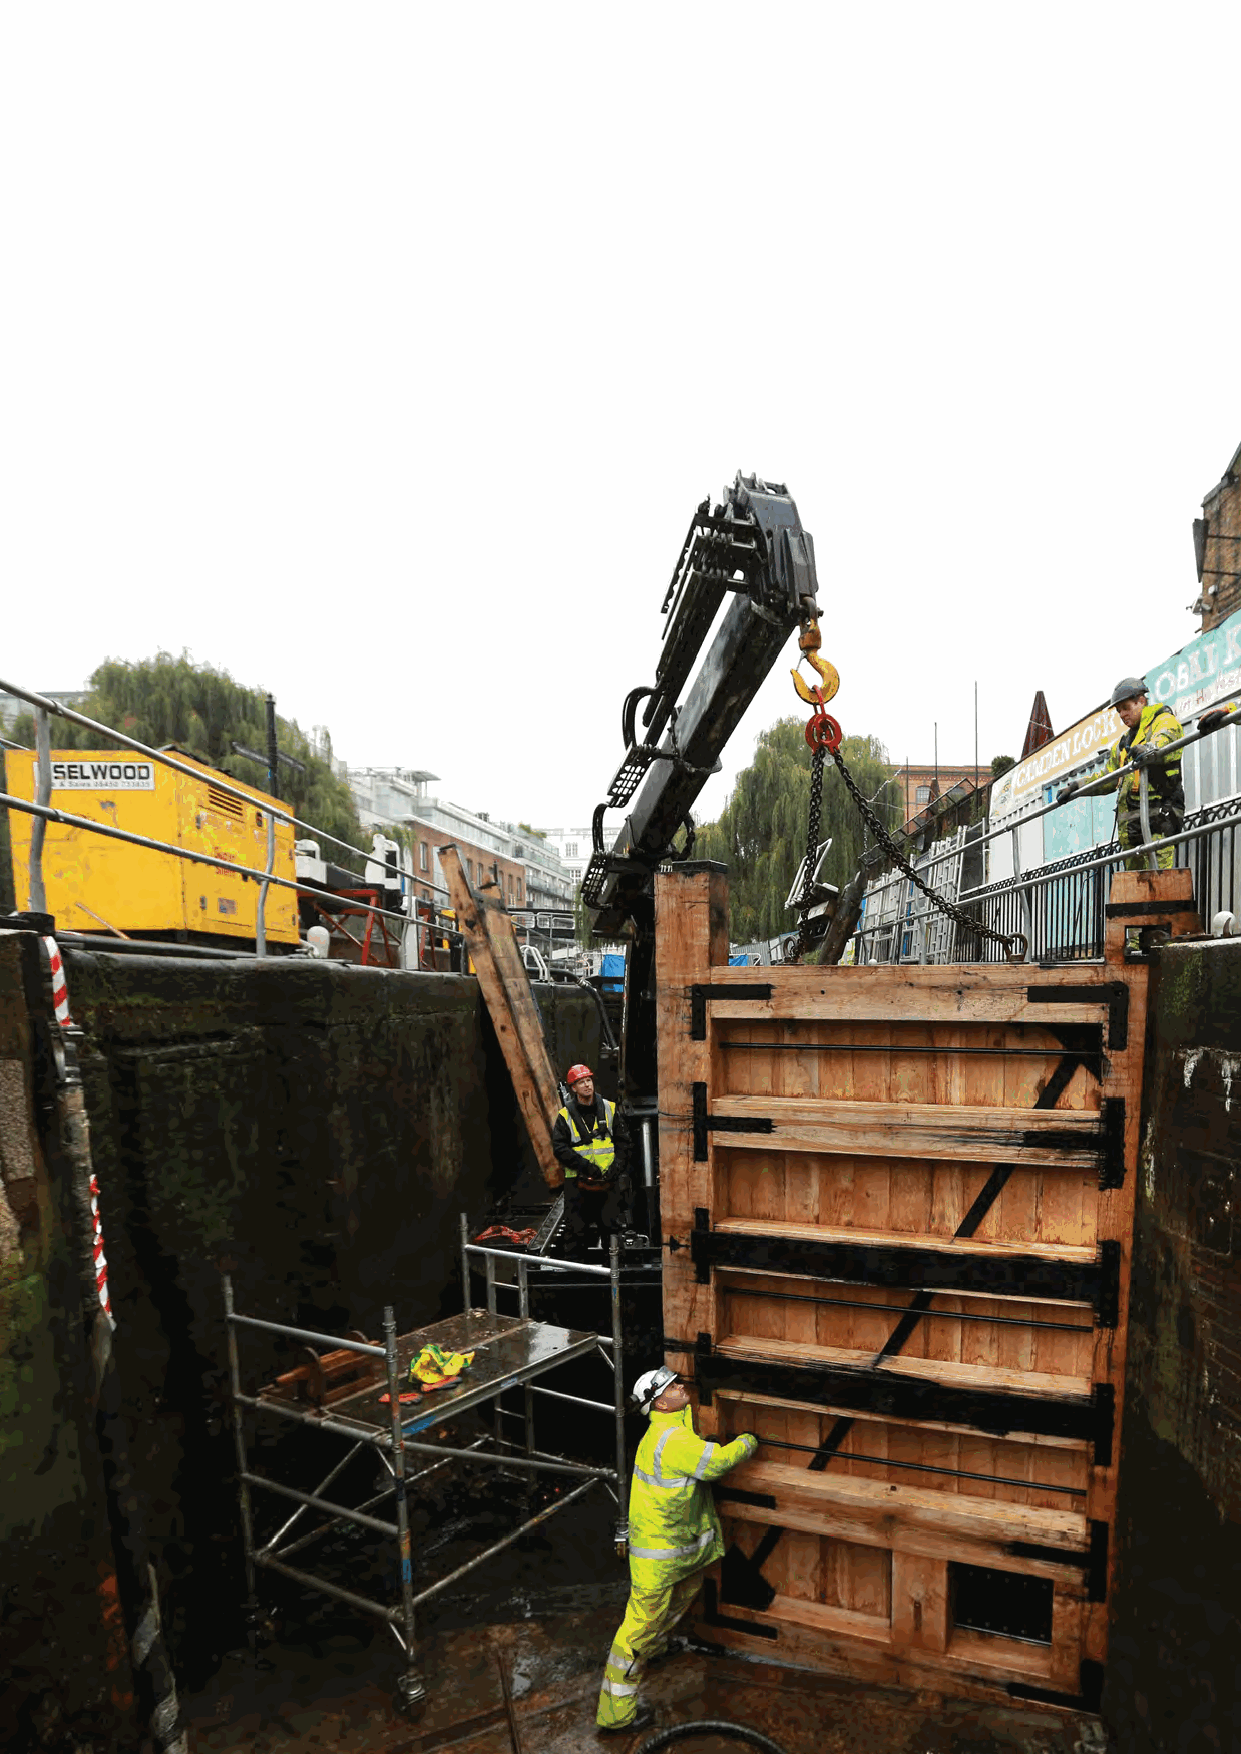
35
 41/3102
 tropeR
 launnA
 tsurT
 reviR
 &
 lanaC